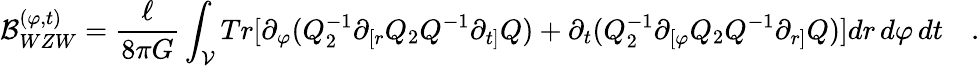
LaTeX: {\cal B}_{WZW}^{(\varphi,t)}=\frac{\ell}{8\pi G}\int_{\cal V}Tr[\partial_{\varphi}(Q_{2}^{-1}\partial_{[r}Q_{2}Q^{-1}\partial_{t]}Q)+\partial_{t}(Q_{2}^{-1}\partial_{[\varphi}Q_{2}Q^{-1}\partial_{r]}Q)]dr\, d\varphi\, dt\quad.